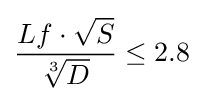
{\frac {Lf\cdot {\sqrt {S}}}{\sqrt[{3}]{D}}}\leq 2.8